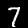
Digit: 7